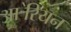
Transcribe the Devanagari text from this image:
आ॓रियन